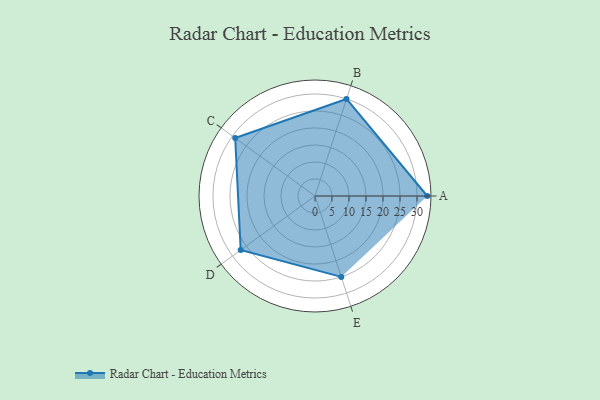
{"axis": {"x": "Skill", "y": "Score"}, "legend": ["Profile"], "data": [{"x": "A", "y": 33.0, "type": "Profile"}, {"x": "B", "y": 30.0, "type": "Profile"}, {"x": "C", "y": 29.0, "type": "Profile"}, {"x": "D", "y": 27.0, "type": "Profile"}, {"x": "E", "y": 25.0, "type": "Profile"}]}